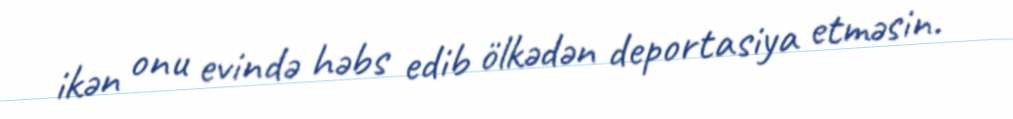
ikən onu evində həbs edib ölkədən deportasiya etməsin.